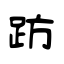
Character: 趽